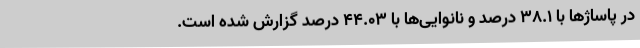
در پاساژها با 38.1 درصد و نانوایی‌ها با 44.03 درصد گزارش شده است.